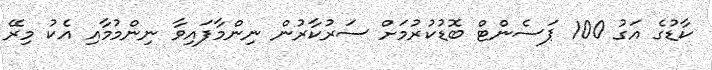
ކާޑުގެ އަގު 100 ޕަސެންޓް ބޮޑުކުުރުމަށް ސަރުކާރުން ނިންމާފައިވާ ނިންމުމާއި އެކު މިރޭ